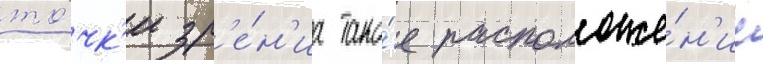
то́чк'и зр'е́н'иа тако́е расположе́н'ие